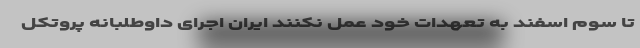
تا سوم اسفند به تعهدات خود عمل نکنند ایران اجرای داوطلبانه پروتکل